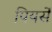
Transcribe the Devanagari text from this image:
पियर्सें